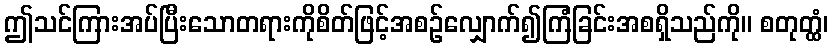
ဤသင်ကြားအပ်ပြီးသောတရားကိုစိတ်ဖြင့်အစဉ်လျှောက်၍ကြံခြင်းအစရှိသည်ကို။ စတုတ္ထံ၊